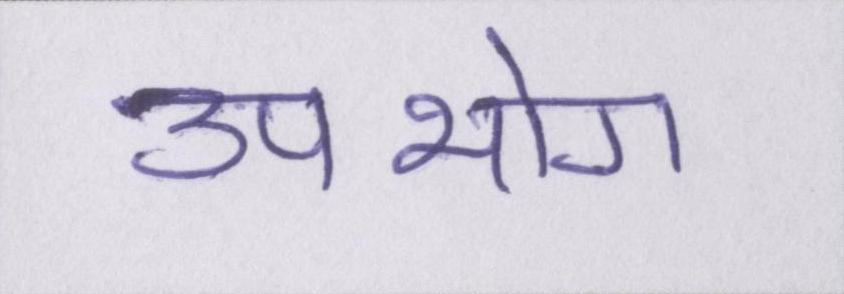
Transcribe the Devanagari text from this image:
उपभोग